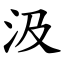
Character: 汲